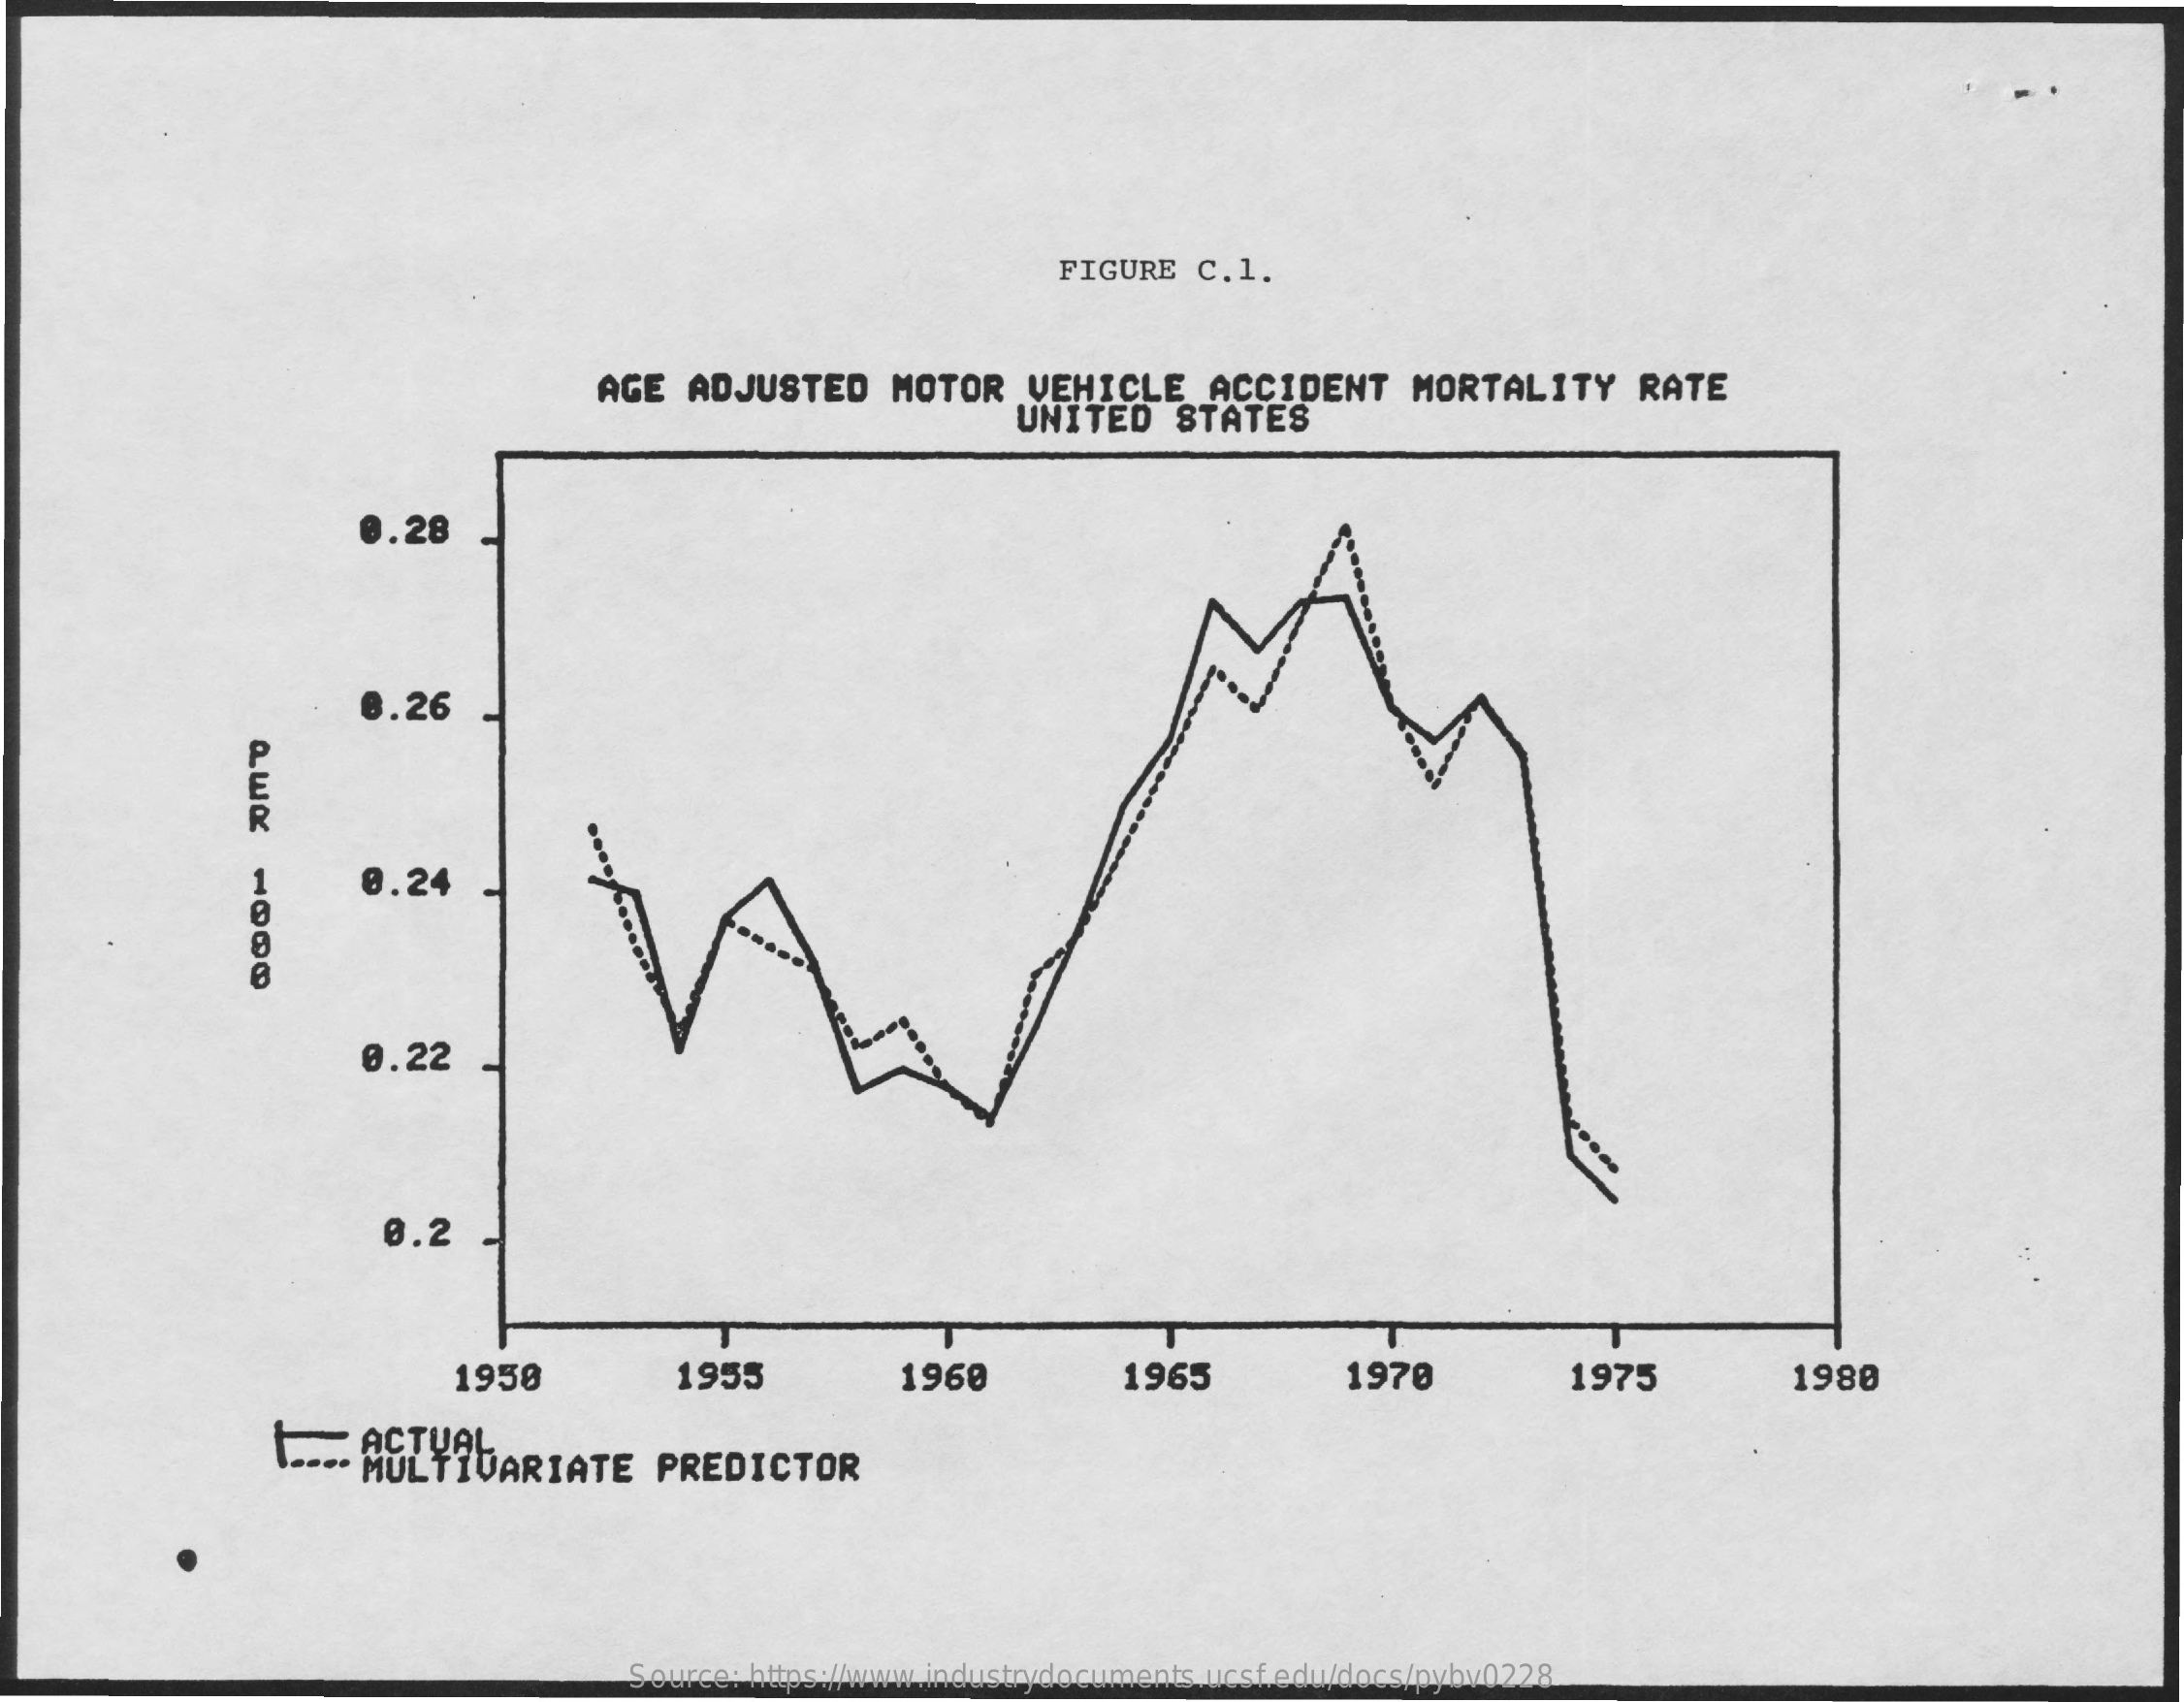
FIGURE   C.1.
     AGE   ADJUSTED    MOTOR    VEHICLE    ACCIDENT    MORTALITY    RATE
     UNITED    STATES
     0.28
     8.26
     0.24
     0.22
     0.2
     1950    1955    1960    1965    1970    1975    1980
     ---. MULTIVARIATE    PREDICTOR
     Source: https://www.industrydocuments.ucsf.edu/docs/pybv0228